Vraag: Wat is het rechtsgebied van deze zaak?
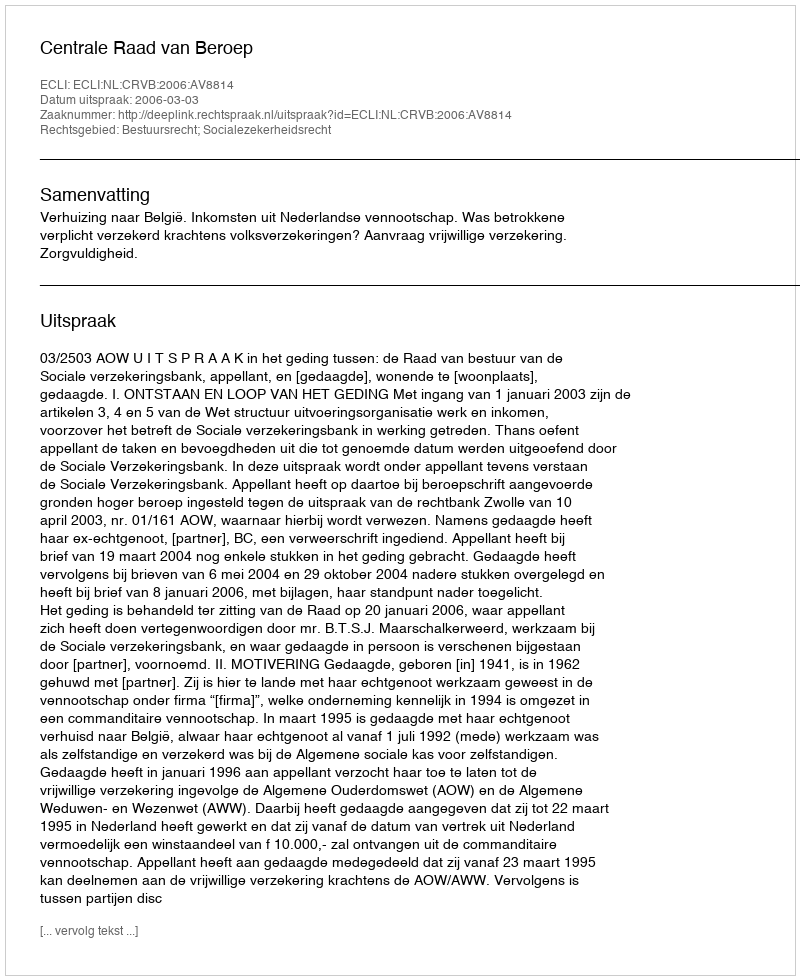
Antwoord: Bestuursrecht; Socialezekerheidsrecht